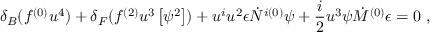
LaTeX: \delta _ { B } ( f ^ { ( 0 ) } u ^ { 4 } ) + \delta _ { F } ( f ^ { ( 2 ) } u ^ { 3 } \left[ \psi ^ { 2 } \right] ) + u ^ { i } u ^ { 2 } \epsilon \dot { N } ^ { i ( 0 ) } \psi + \frac { i } { 2 } u ^ { 3 } \psi \dot { M } ^ { ( 0 ) } \epsilon = 0 ~ ,